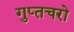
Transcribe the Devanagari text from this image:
गुप्‍तचरो